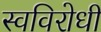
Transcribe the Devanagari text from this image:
स्वविरोधी